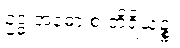
ဥဒ္ဓံ အဓော စ တိရိယဉ္စ၊